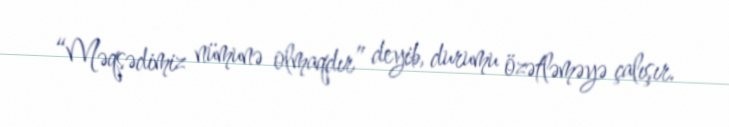
“Məqsədimiz nümunə olmaqdır” deyib, durumu özətləməyə çalışır.